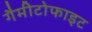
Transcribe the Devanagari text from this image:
गैमीटोफाइट